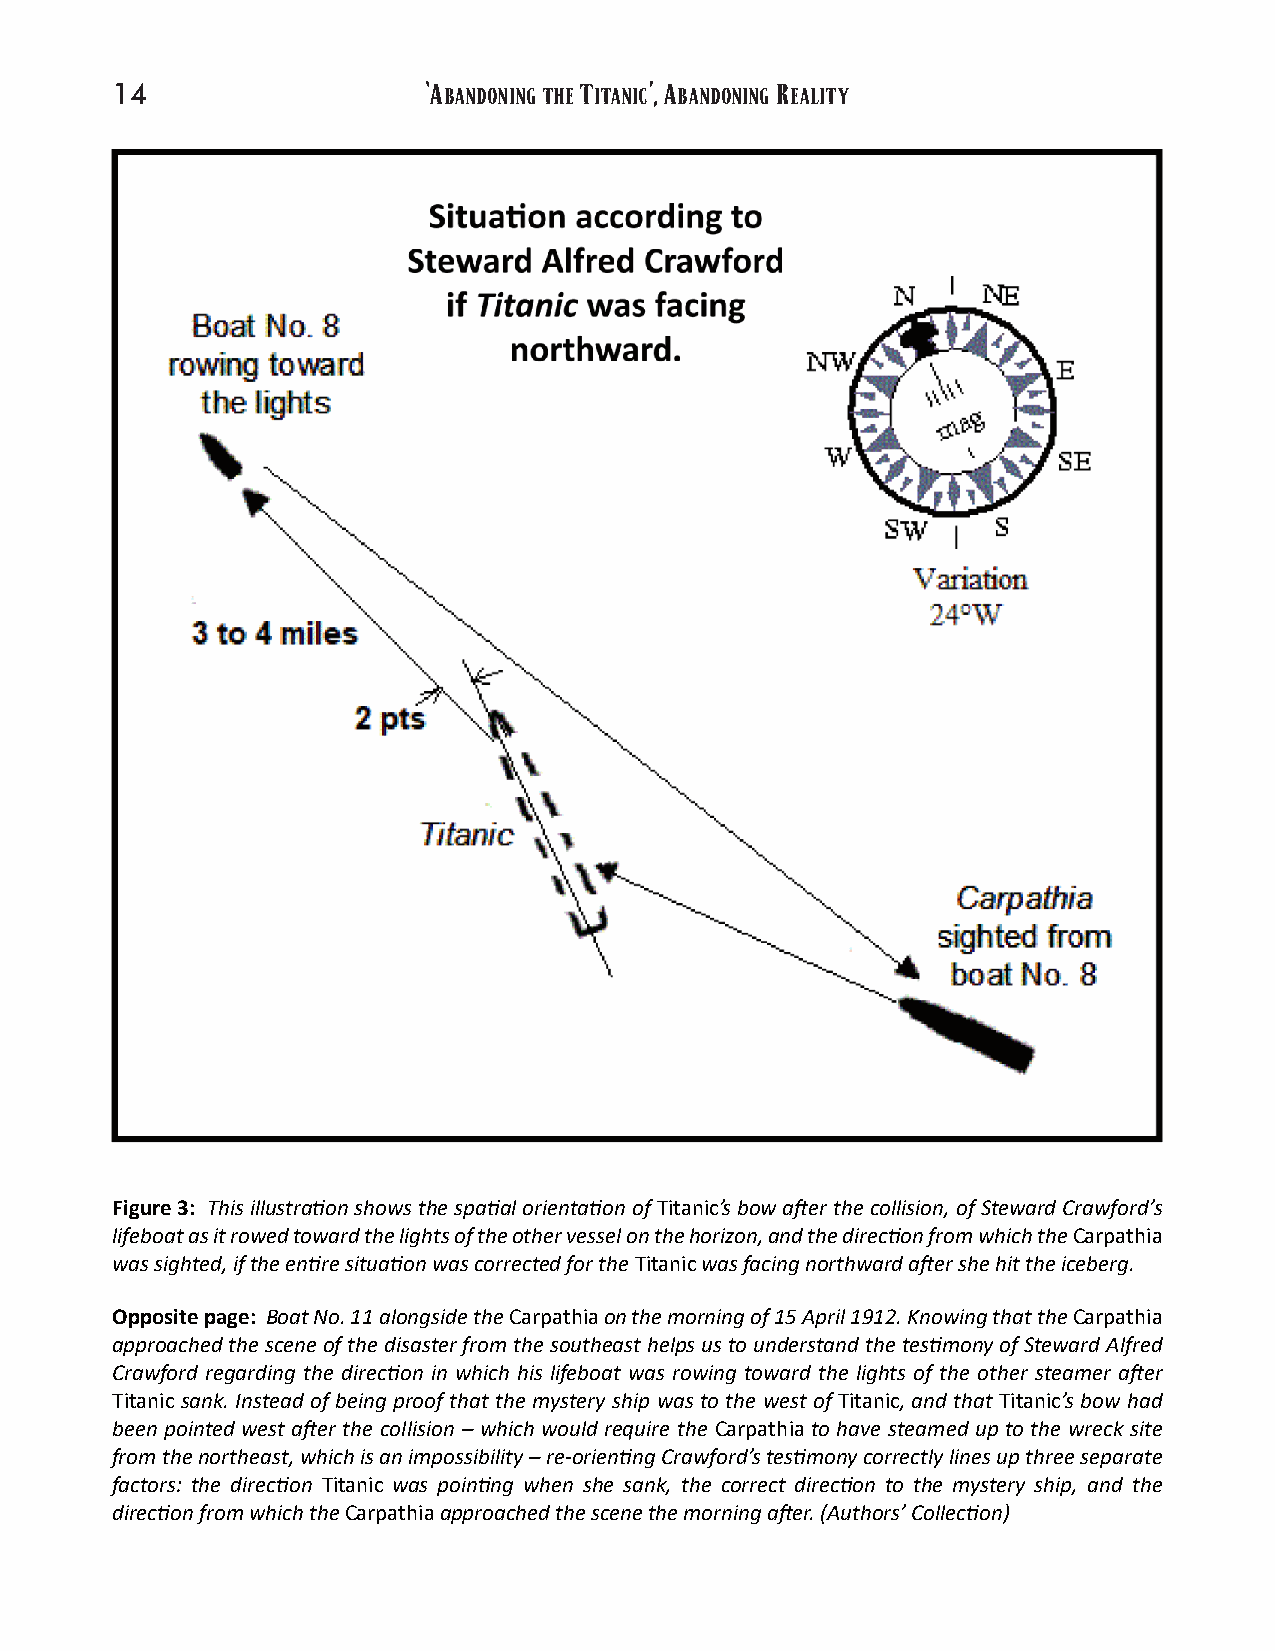
‘A        T    ’,A     R
 14                    BANDONINGTHE ITANIC BANDONING EALITY
 Figure3: Thisillustra�onshowsthespa�alorienta�onofTitanic’sbowa�erthecollision,ofStewardCrawford’s
 lifeboatasitrowedtowardthelightsoftheothervesselonthehorizon,andthedirec�onfromwhichtheCarpathia
 wassighted,iftheen�resitua�onwascorrectedfortheTitanicwasfacingnorthwarda�ershehittheiceberg.
 Oppositepage: BoatNo.11alongsidetheCarpathiaonthemorningof15April1912.KnowingthattheCarpathia
 approachedthesceneofthedisasterfromthesoutheasthelpsustounderstandthetes�monyofStewardAlfred
 Crawford regarding the direc�on in which his lifeboat was rowing toward the lights of the other steamer a�er
 Titanic sank. Instead of being proof that the mystery ship was to the west of Titanic, and that Titanic’s bow had
 been pointed west a�er the collision – which would require the Carpathia to have steamed up to the wreck site
 fromthenortheast,whichisanimpossibility–re-orien�ngCrawford’stes�monycorrectlylinesupthreeseparate
 factors: the direc�on Titanic was poin�ng when she sank, the correct direc�on to the mystery ship, and the
 direc�onfromwhichtheCarpathiaapproachedthescenethemorninga�er.(Authors’Collec�on)